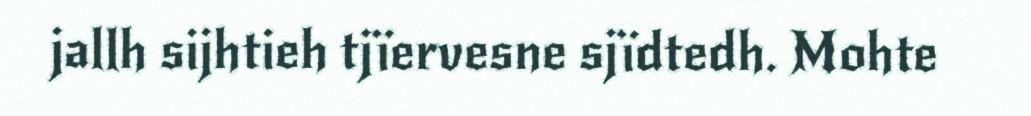
jallh sijhtieh tjïervesne sjïdtedh. Mohte